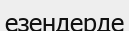
езендерде